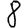
Digit: 8